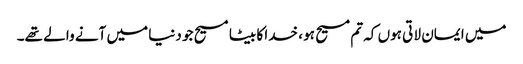
میں ایمان لا تی ہوں کہ تم مسیح ہو ، خدا کا بیٹا مسیح جو دنیا میں آنے وا لے تھے۔